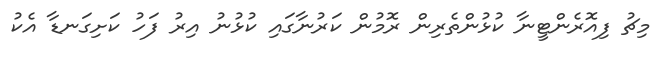
މިޗު ފިއޮރެންޓީނާ ކުޅުންތެރިން ރޮމުން ކަރުނާގައި ކުޅުނު އިރު ފަހު ކަށިގަނޑާ އެކު